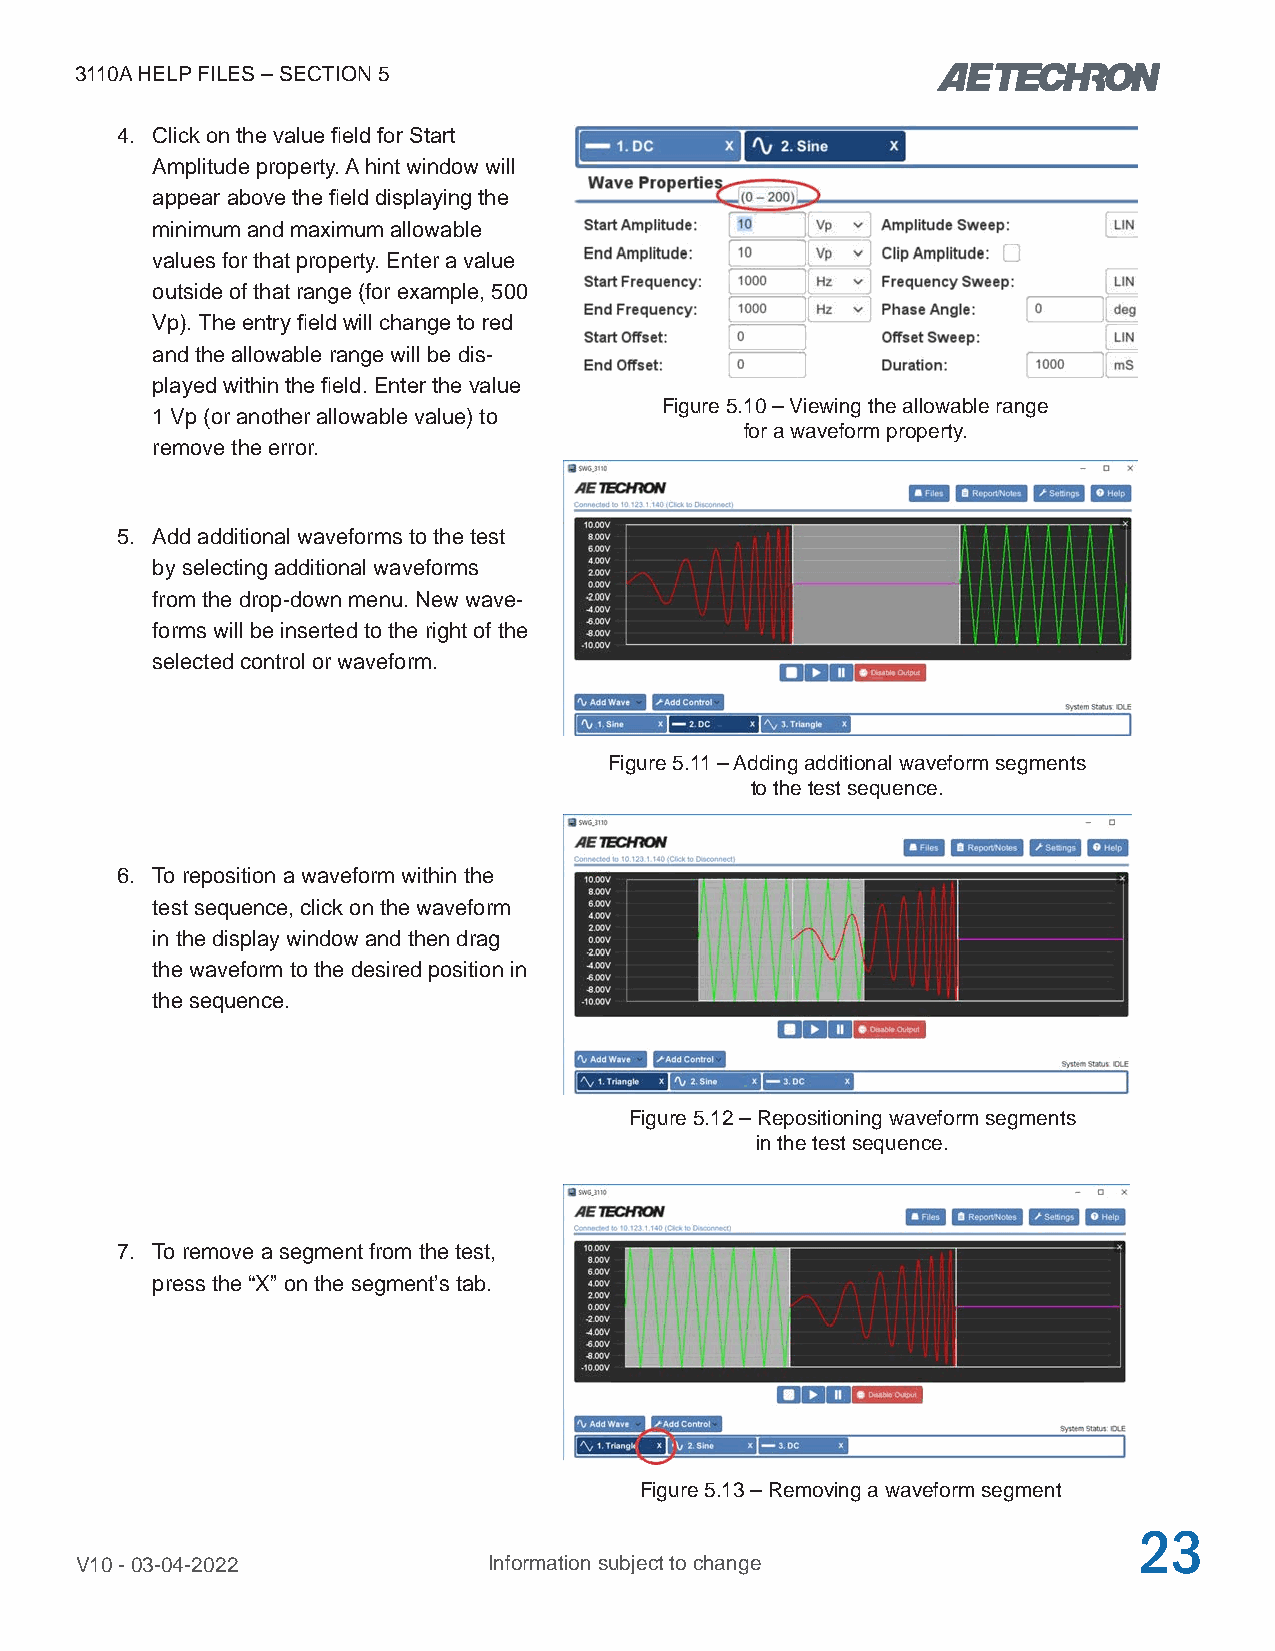
3110A HELP FILES – SECTION 5
 4. Click on the value field for Start
 Amplitude property. A hint window will
 appear above the field displaying the
 minimum and maximum allowable
 values for that property. Enter a value
 outside of that range (for example, 500
 Vp). The entry field will change to red
 and the allowable range will be dis-
 played within the field. Enter the value
 Figure 5.10 – Viewing the allowable range
 1 Vp (or another allowable value) to
 for a waveform property.
 remove the error.
 5. Add additional waveforms to the test
 by selecting additional waveforms
 from the drop-down menu. New wave-
 forms will be inserted to the right of the
 selected control or waveform.
 Figure 5.11 – Adding additional waveform segments
 to the test sequence.
 6. To reposition a waveform within the
 test sequence, click on the waveform
 in the display window and then drag
 the waveform to the desired position in
 the sequence.
 Figure 5.12 – Repositioning waveform segments
 in the test sequence.
 7. To remove a segment from the test,
 press the “X” on the segment’s tab.
 Figure 5.13 – Removing a waveform segment
 23
 V10 - 03-04-2022           Information subject to change